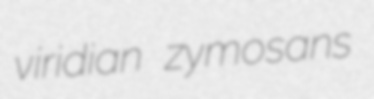
viridian zymosans